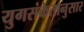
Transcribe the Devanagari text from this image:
युगसंकेतानुसार